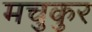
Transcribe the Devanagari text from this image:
मचुकुर